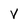
Character: V